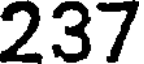
237